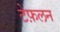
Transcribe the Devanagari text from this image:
टेफ़लन